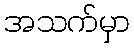
အသက်မှာ